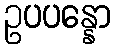
ဥပပန္နော